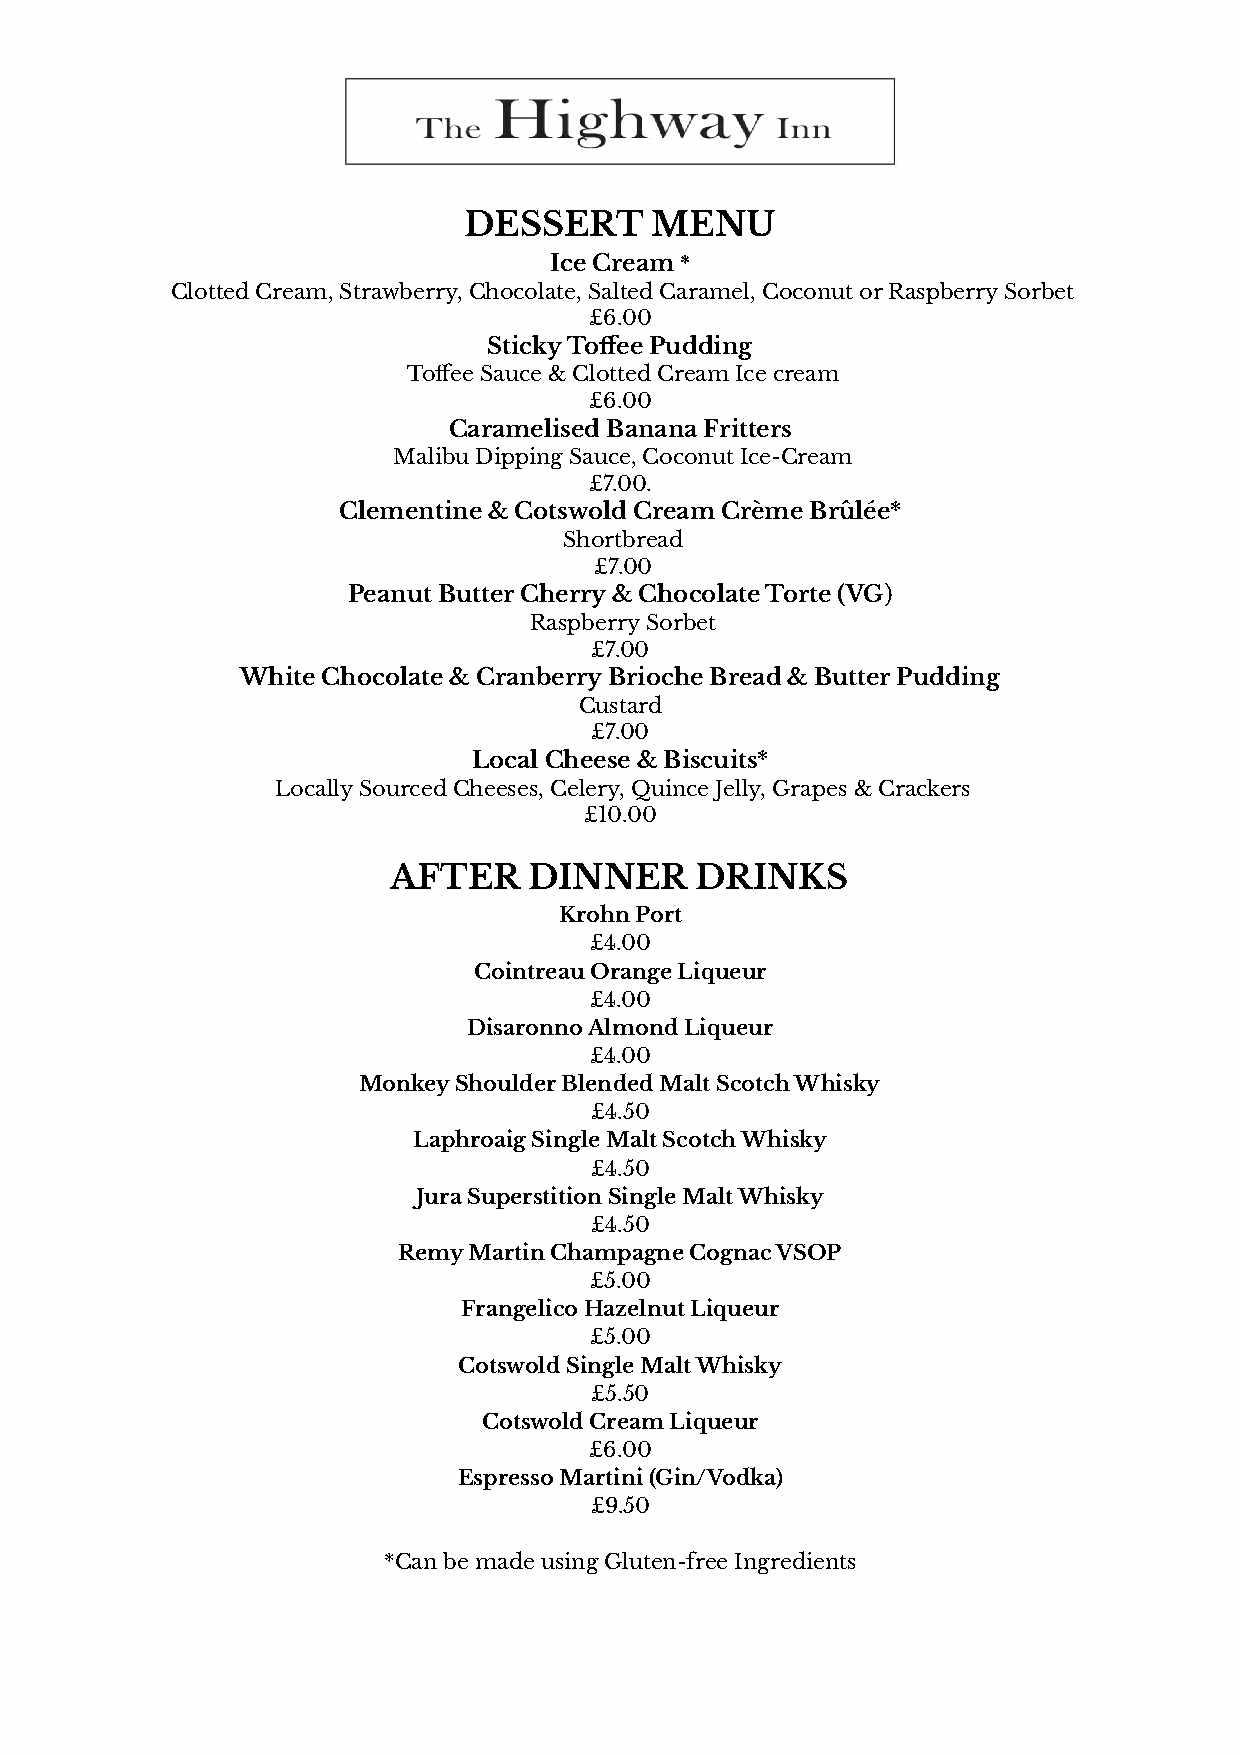
DESSERT     MENU
 Ice Cream*
 Clotted Cream, Strawberry, Chocolate, Salted Caramel,Coconut or Raspberry Sorbet
 £6.00
 Sticky Toffee Pudding
 Toffee Sauce & Clotted Cream Ice cream
 £6.00
 Caramelised Banana Fritters
 Malibu Dipping Sauce, Coconut Ice-Cream
 £7.00.
 Clementine & Cotswold Cream Crème Brûlée*
 Shortbread
 £7.00
 Peanut Butter Cherry & Chocolate Torte (VG)
 Raspberry Sorbet
 £7.00
 White Chocolate & Cranberry Brioche Bread & Butter Pudding
 Custard
 £7.00
 Local Cheese & Biscuits*
 Locally Sourced Cheeses, Celery, Quince Jelly, Grapes & Crackers
 £10.00
 AFTER    DINNER     DRINKS
 Krohn Port
 £4.00
 Cointreau Orange Liqueur
 £4.00
 Disaronno Almond Liqueur
 £4.00
 Monkey Shoulder Blended Malt Scotch Whisky
 £4.50
 Laphroaig Single Malt Scotch Whisky
 £4.50
 Jura Superstition Single Malt Whisky
 £4.50
 Remy Martin Champagne Cognac VSOP
 £5.00
 Frangelico Hazelnut Liqueur
 £5.00
 Cotswold Single Malt Whisky
 £5.50
 Cotswold Cream Liqueur
 £6.00
 Espresso Martini (Gin/Vodka)
 £9.50
 *Can be made using Gluten-free Ingredients